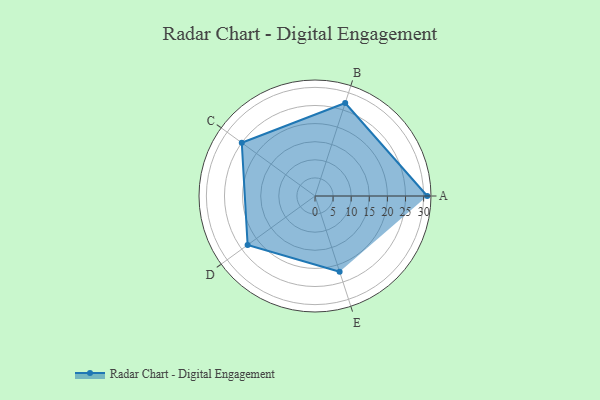
{"axis": {"x": "Skill", "y": "Score"}, "legend": ["Profile"], "data": [{"x": "A", "y": 31.0, "type": "Profile"}, {"x": "B", "y": 27.0, "type": "Profile"}, {"x": "C", "y": 25.0, "type": "Profile"}, {"x": "D", "y": 23.0, "type": "Profile"}, {"x": "E", "y": 22.0, "type": "Profile"}]}